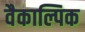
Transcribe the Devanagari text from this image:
वैकाल्पिक